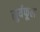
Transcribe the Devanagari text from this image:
सुर्यफूल